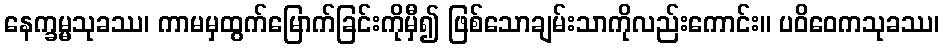
နေက္ခမ္မသုခဿ၊ ကာမမှထွက်မြောက်ခြင်းကိုမှီ၍ ဖြစ်သောချမ်းသာကိုလည်းကောင်း။ ပဝိဝေကသုခဿ၊